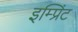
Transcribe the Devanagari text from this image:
इम्‍प्रिंट